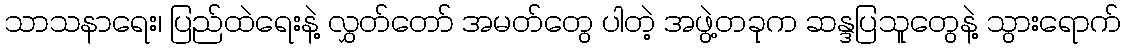
သာသနာရေး၊ ပြည်ထဲရေးနဲ့ လွှတ်တော် အမတ်တွေ ပါတဲ့ အဖွဲ့တခုက ဆန္ဒပြသူတွေနဲ့ သွားရောက်